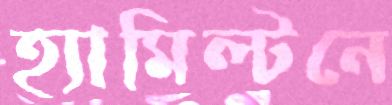
হ্যামিল্টনে